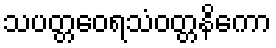
သပတ္တဝေရသံဝတ္တနိကော